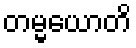
တမ္မယောတိ